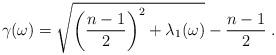
LaTeX: \begin{align*}\gamma(\omega)= \sqrt{ \left(\frac{n-1}{2} \right)^2 + \lambda_1(\omega)} - \frac{n-1}{2} \;.\end{align*}